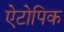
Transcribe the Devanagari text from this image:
ऐटोपिक